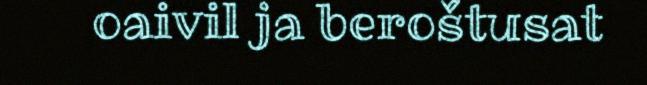
oaivil ja beroštusat